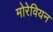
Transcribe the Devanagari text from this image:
मोरेवियन